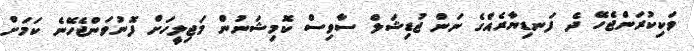
ވަކިކުރަންޖެހޭ ދެ ފަނޑިޔާރެއްގެ ނަން ޖުޑިޝަލް ސާވިސް ކޮމިޝަނުން މަޖިލީހަށް ފޮނުވަންޖެހޭނެ ކަމަށް